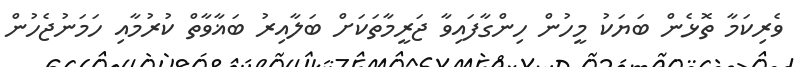
ވެރިކަމާ ތޮޅެން ބަޔަކު މީހުން ހިންގާފައިވާ ޖަރީމާތަކަށް ބަލާއިރު ބަޣާވާތް ކުރުމާއި ހަމަނުޖެހުން